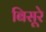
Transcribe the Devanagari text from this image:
बिसूरे